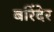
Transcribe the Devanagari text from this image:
बरिंदेर